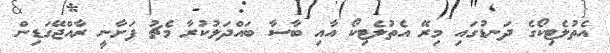
އެތުލެޓިކޯގެ ދަނޑުގައި މިރޭ އެތުލެޓިކޯ އާއި ބާސާ ބައްދަލުކުރާ މެޗު ފަށާނީ ރާއްޖޭގަޑިން